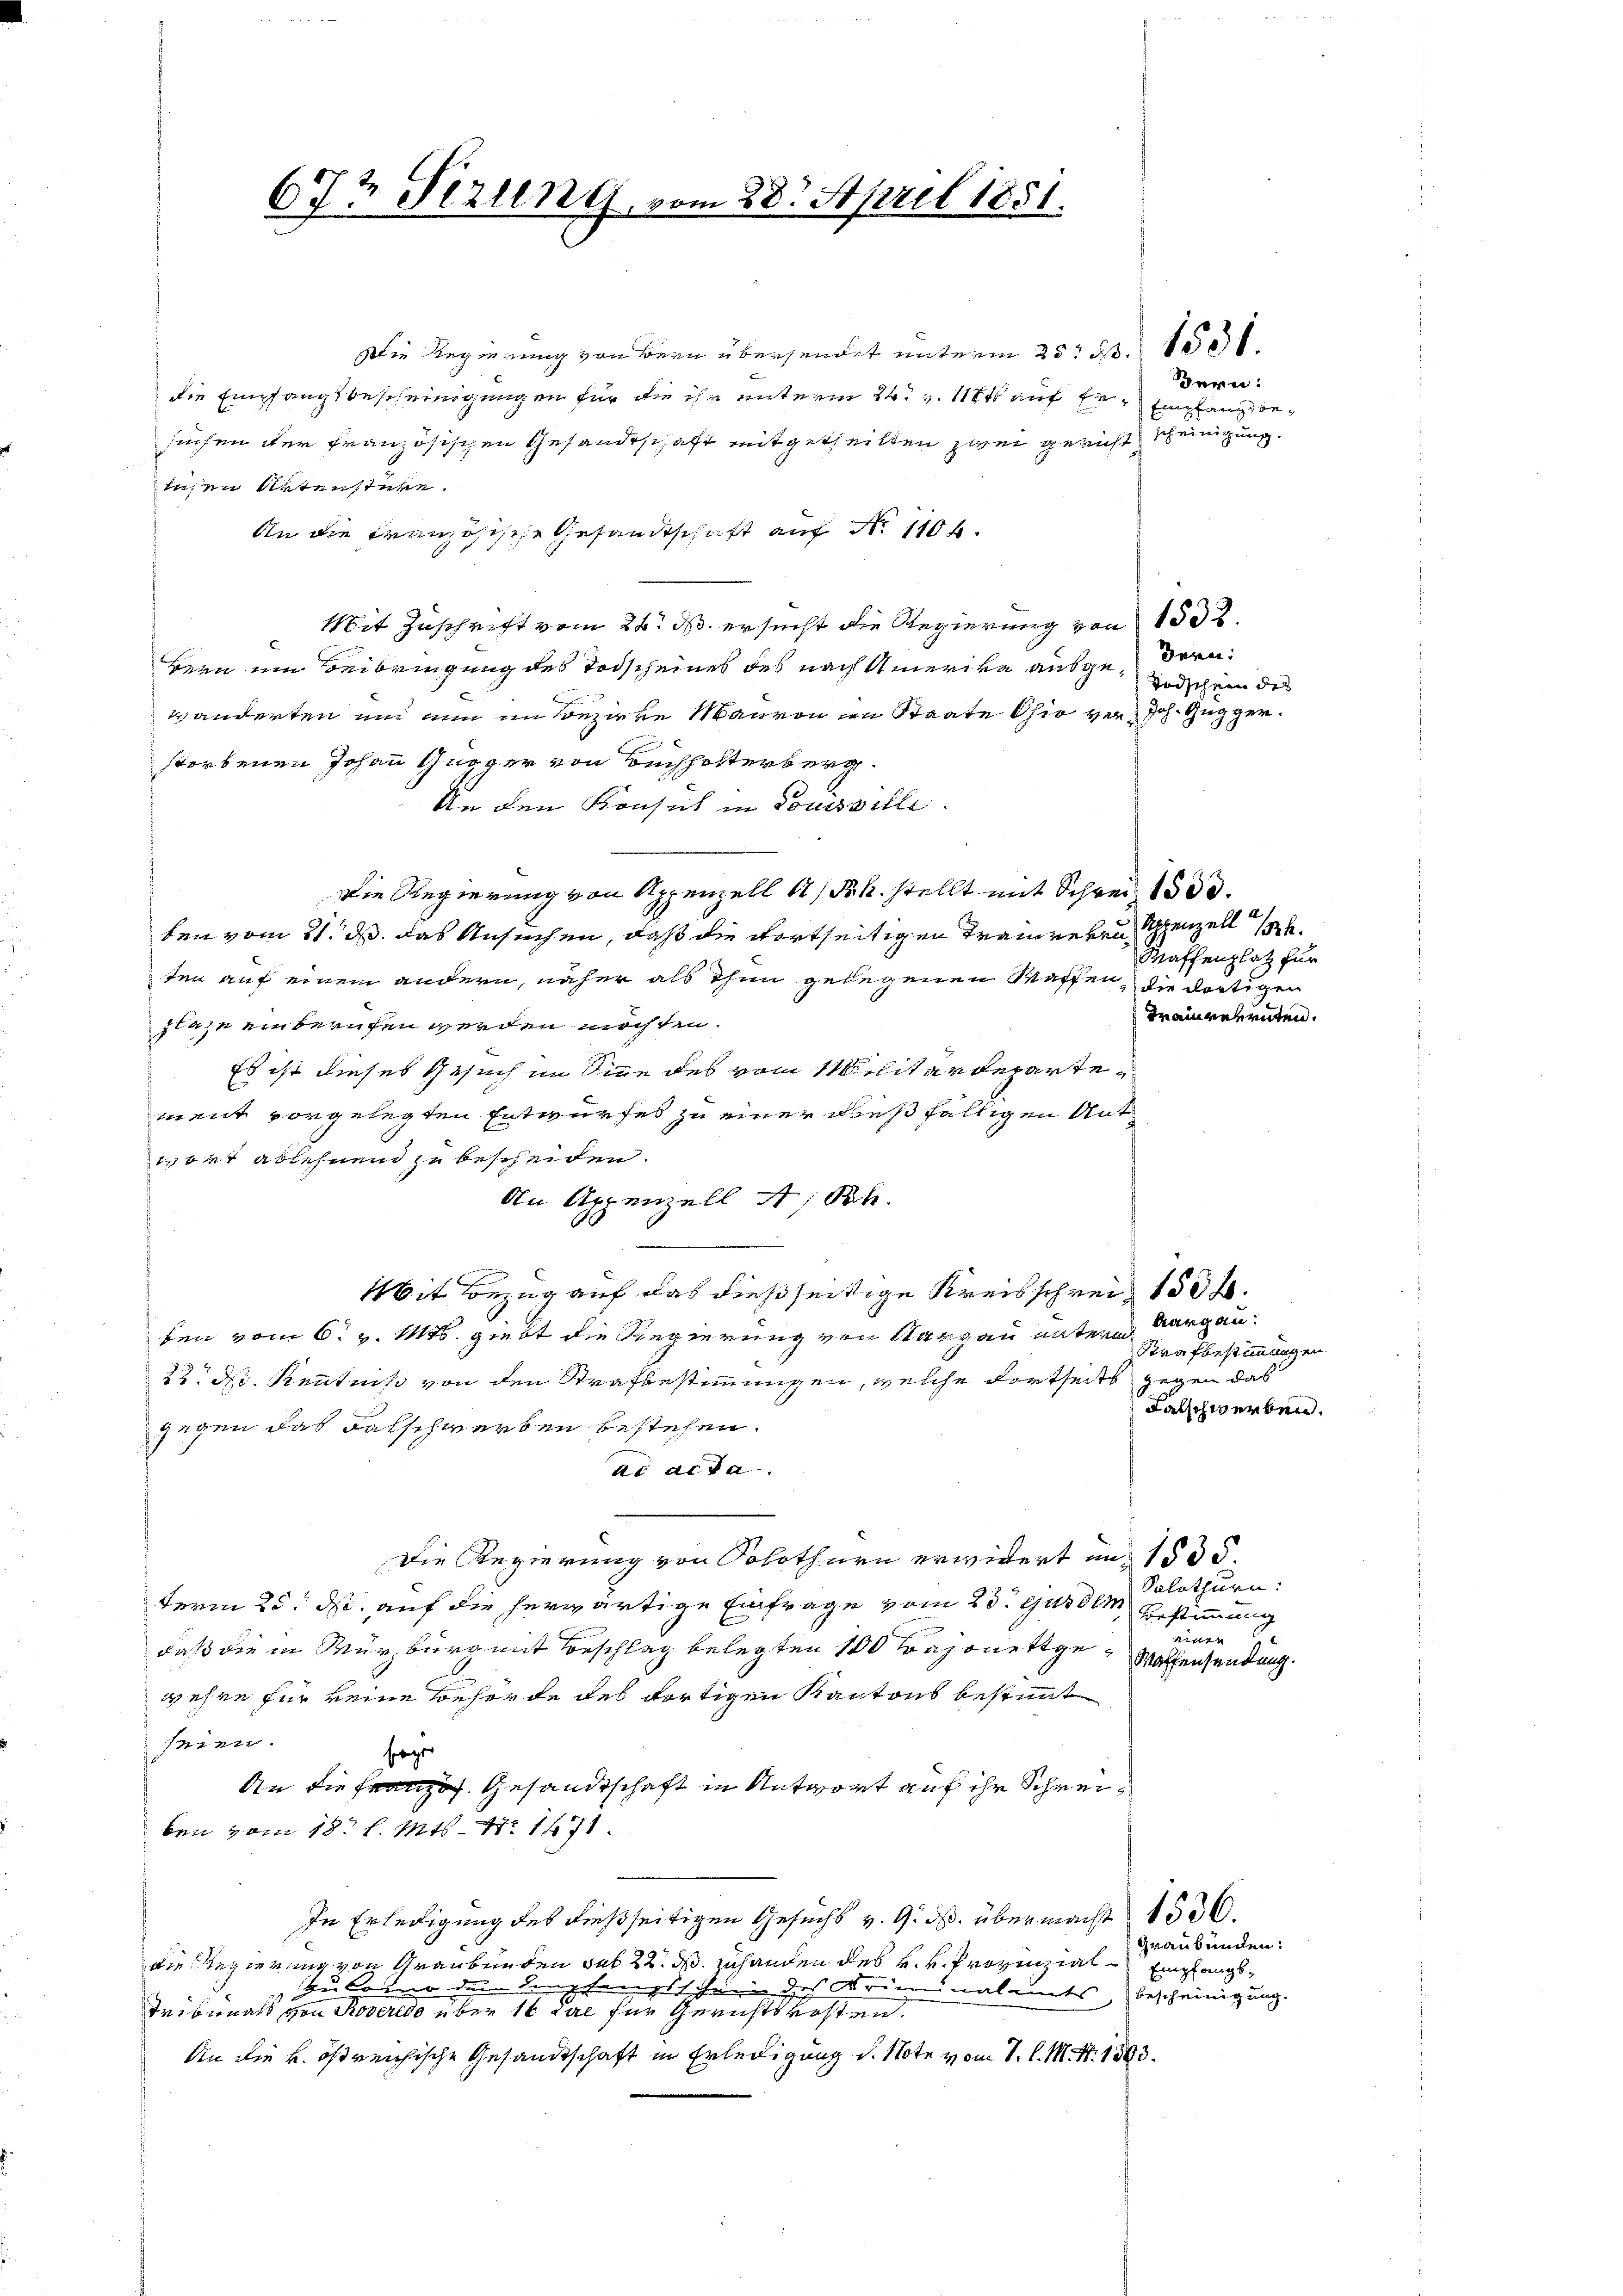
672 Sizung, vom 28. April 1851.

Die Regierung von Bern übersendet unterm 25t S. 1531.
die Empfangsbescheinigungen für die ihr unterm 24. v. 118 auf Er empfang besuchen der französischen Gesandtschaft mitgetheilten zwei gericht scheinigung.
tusen Artenstüre.
An die französische Gesandtschaft auf No 1104.
Mit Zuschrift vom 26. ds. ersucht die Regierung von 1832.
Bern um Beibringung des Todscheines des nach Amerika ausgedern¬
Todschein des
wänderten und nun im Bezirke Mauren in Staate Ohio ver- Joh. Gugger.
storbenen Johann Gugger von Buchholterberg.
An den Konsul in Touisville.
Die Regierung von Appenzell A/Rh. stellt mit Schrei 1530.
ben vom 21. ds. das Ansuchen, daß die dortseitigen Traineren Schenzell 14.
ten auf einem andern, näher als ihm gelegenen Waffen, die dortigen
zlage einberufen werden möchten.
Es ist dieses Gesuch im Sinne des vom Militärdepartement vorgelegten Entwurfes zu einer dießfälligen Ant
wort ablehnend zu bescheiden.
An Appenzell A/Rh.
Mit Bezug auf das dießseitige Kreisschreit 150 f.
ben vom 6. v. Mts. giebt die Regierung von Aargau untern Margau¬
Strafbestimmungen
22. d. Kenntnis von den Strafbestimmungen, welche dortseits gegen das
Falschwerben.
gegen das Falschwerben bestehen.
ad acta.
Die Regierung von Solothurn erwidert in 1500.
Solothurn:
term 25. ds auf die herwärtige Einfrage vom 23. ejusdem Bestimmung
en
daß die in Mürzburg mit Beschlag belegten 100 Bajonettge¬
Waffensendung.
wehre für keine Behörde des dortigen Kantons bestimmt
seien.
sogen
An die Französ. Gesandtschaft in Antwort auf ihr Schreiben vom 18t l. Mts. 17. 1471.
In Erledigung des dießseitigen Gesuchs v. 9. ds. übermacht 1500.
Graubünden:
die Regierung von Graubünden sub 22. ds. zuhanden des H. v. Prozinzial¬
Empfangs¬
 Zu loro den Empfangsschrein des Kriminalants bescheinigung.
Teibunal von Roverso über 16 Tal für Gerichtskosten.
An die k. östreichische Gesandtschaft in Erledigung d. Note vom 1. l. M. S. 1303.

Bern:

Maffenplatz für
maineeruten.